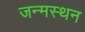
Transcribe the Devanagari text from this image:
जन्मस्थन